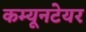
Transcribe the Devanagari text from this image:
कम्यूनटेयर